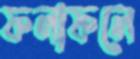
ফলাফলে